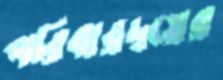
পরিবারদ্বয়ের